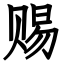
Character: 赐